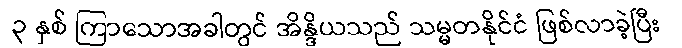
၃ နှစ် ကြာသောအခါတွင် အိန္ဒိယသည် သမ္မတနိုင်ငံ ဖြစ်လာခဲ့ပြီး